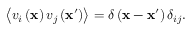
\left\langle v _ { i } \left( \mathbf { x } \right) v _ { j } \left( \mathbf { x } ^ { \prime } \right) \right\rangle = \delta \left( \mathbf { x } - \mathbf { x } ^ { \prime } \right) \delta _ { i j } .